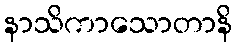
နာသိကာသောတာနိ